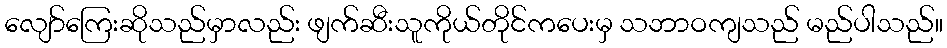
လျော်ကြေးဆိုသည်မှာလည်း ဖျက်ဆီးသူကိုယ်တိုင်ကပေးမှ သဘာဝကျသည် မည်ပါသည်။